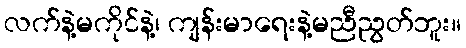
လက်နဲ့မကိုင်နဲ့၊ ကျန်းမာရေးနဲ့မညီညွတ်ဘူး။